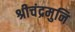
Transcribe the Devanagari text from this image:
श्रीचंद्रमुनि